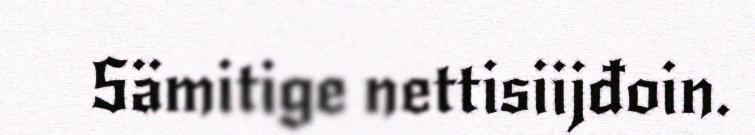
Sämitige nettisiijđoin.